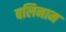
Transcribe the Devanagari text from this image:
बलिनाम